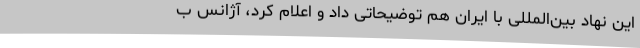
این نهاد بین‌المللی با ایران هم توضیحاتی داد و اعلام کرد، آژانس ب